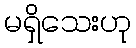
မရှိသေးဟု